Report of the Indian Hemp Drugs Commission, 1894-1895 - Volume III
Year: 1894
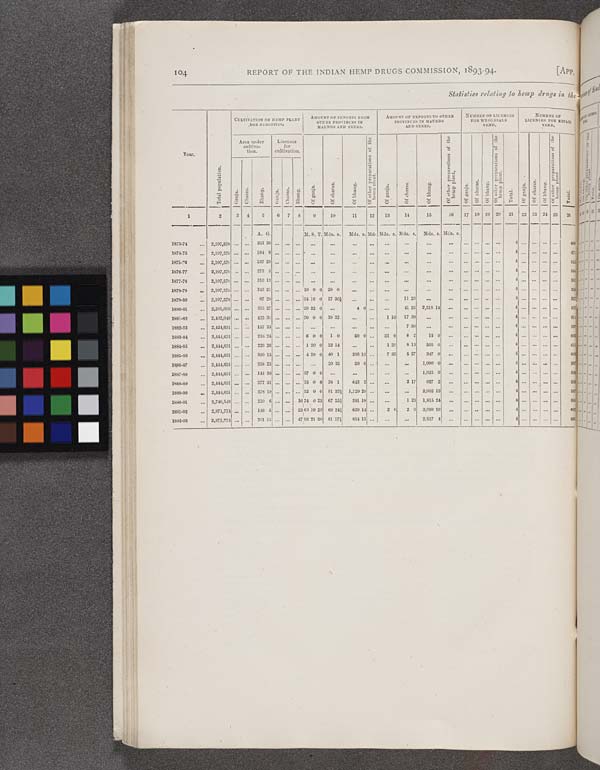
104
REPORT OF THE INDIAN HEMP DRUGS COMMISSION, 1893-94.
[APP.
Statistics relating to hemp drugs in the
Year.
Total population.
CULTIVATION OF HEMP PLANT
FOR
NARCOTICS.
AMOUNT OF IMPORTS FROM
OTHER PROVINCES IN
MAUNDS AND SEERS.
AMOUNT OF EXPORTS TO OTHER
PROVINCES IN MAUNDS
AND SEERS.
NUMBER OF LICENSES
FOR WHOLESALE
VEND.
NUMBER OF
LICENSES FOR RETAIL
VEND.
Year.
Total population.
Area under
cultiva-
tion.
Licenses
for
cultivation.
Of ganja.
Of charas.
Of bhang.
Of other preparations of the
hemp plant.
Of ganja.
Of charas.
Of bhang.
Of other preparations of the
hemp plant.
Of ganja.
Of charas.
Of bhang.
O f other preparations of the
hemp plant.
Total.
Of ganja.
Of charas.
Of bhang.
Of other preparations of the
hemp plant.
Total.
Year.
Total population.
Ganja.
Charas.
Bhang.
Ganja.
Charas.
Bhang.
Of ganja.
Of charas.
Of bhang.
Of other preparations of the
hemp plant.
Of ganja.
Of charas.
Of bhang.
Of other preparations of the
hemp plant.
Of ganja.
Of charas.
Of bhang.
O f other preparations of the
hemp plant.
Total.
Of ganja.
Of charas.
Of bhang.
Of other preparations of the
hemp plant.
Total.
1
2
3
4
5
6
7
8
9
10
11
12
13
14
15
16
17 18 19
20
21
22 23 24
25
26
A. G.
M. S. T. Mds. s.
Mds. s. Mds Mds. s. Mds. s.
Mds. s. Mcs. s.
1873-74
2,197,578
351 39
4
42
1874-75
2,197,578
184 9
4
42
1875-76
2,197,578
237 28
4
51
1876-77
2,197,578
273 3
4
51
1877-78
2,197,578
310 13
4
51
1878-79
2,197,578
315 21
10 0 0 29 0
4
51
1879-80
2,197,578
97 28
34 16 0 17 36½
11 23
4
61
1880-81
2,291,093
325 27
20 32 0
4 0
41 25
2,518 14
4
51
1881-82
2,402,048
425 30
70 0 0 19 32
1 10
17 30
4
61
1882-83
2,424,631
157 23
7 30
4
61
1883-84
2,444,631
216 24
6 0 0
1 0
50 0
31 0
8 2
15 0
4
61
1884-85
2,444,631
226 26
1 20 0 22 14
1 20
8 13
505 0
4
51
1885-86
2,444,631
500 15
4 20 0 40 1
326 10
7 35
5 27
347 0
4
51
1886-87
2,444,631
358 25
20 35
50 0
1,090 0
4
51
1887-88
2,444,631
141 36
27 0 0
1,025 0
4
51
1888-89
2,444,631
277 31
15 0 0 38 1
643 5
2 17
927 2
4
51
1889-90
2,444,631
378 19
32 0 0 91 33½ 1,129 28
2,002 13
4
51
1890-91
2,746,548
210 6
16 74 0 23 67 253/8
391 18
1 23 1,815 24
4
51
1891-92
2,871,774
146 6
23 63 10 20 69 241/4
839 14
2 0
2 0
3,099 19
4
61
1892-93
2,871,774
301 15
47 90 21 60 81 17½
834 15
2,517 4
4
61